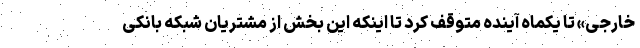
خارجی» تا یکماه آینده متوقف کرد تا اینکه این بخش از مشتریان شبکه بانکی